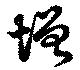
增